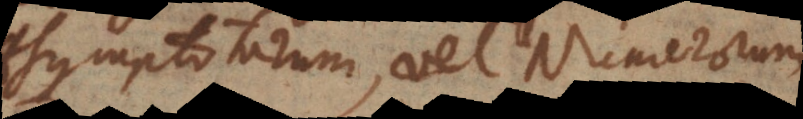
Asymptotarum, vel Numerorum